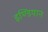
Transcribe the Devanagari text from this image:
इण्डियान